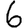
Digit: 6